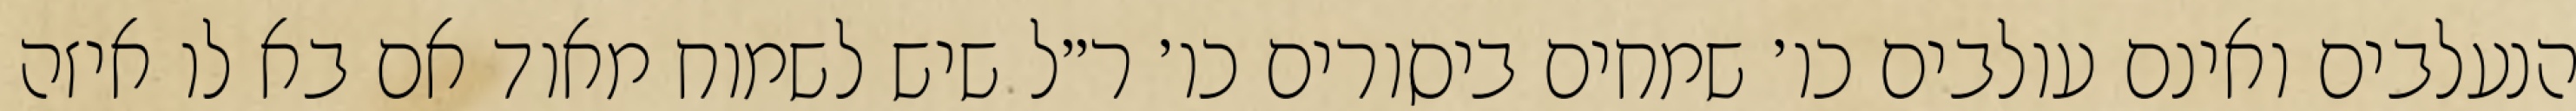
הנעלבים ואינם עולבים כו׳ שמחים ביסורים כו׳ ר״ל שיש לשמוח מאוד אם בא לו איזה